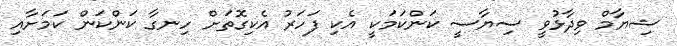
ޝިޔާމް ވިދާޅުވީ ސިޔާސީ ކަންކަމަކީ އެކި ފަހަރު އެކިގޮތަށް ހިނގާ ކަންކަން ކަމަށާއި